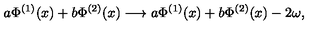
a \Phi ^ { ( 1 ) } ( x ) + b \Phi ^ { ( 2 ) } ( x ) \longrightarrow a \Phi ^ { ( 1 ) } ( x ) + b \Phi ^ { ( 2 ) } ( x ) - 2 \omega ,